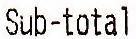
SUB-TOTAL